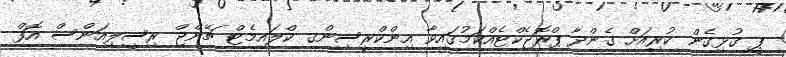
ޕީ ގުޅިގެން ކުރިއަށް ގެންދާ ޕްރޮޖެކްޓެއްކަމުގައިވާ އިންކްރީސިންގ ކްލައިމެޓް ޗޭންޖް ރިސީލިއަންސް އޮފް